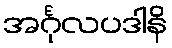
အင်္ဂုလပဒါနိ